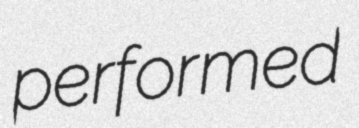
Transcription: performed